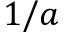
1 / a